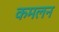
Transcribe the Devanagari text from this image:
कमलन